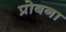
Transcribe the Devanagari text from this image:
प्रोबना